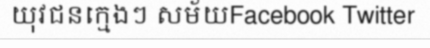
យុវជនក្មេងៗ សម័យFacebook Twitter